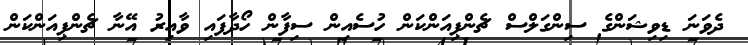
ދެވަނަ ޑިވިޝަންގެ ސިންގަލްސް ޗެންޕިއަންކަން ހުސެއިން ސިފާން ހޯދާފައި ވާއިރު އޭނާ ޗެންޕިއަންކަން